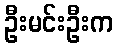
ဦးမင်းဦးက